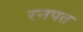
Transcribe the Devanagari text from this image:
रनपत